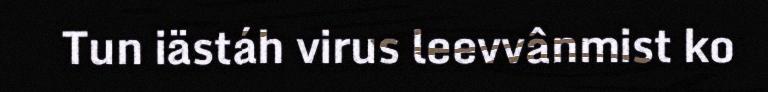
Tun iästáh virus leevvânmist ko